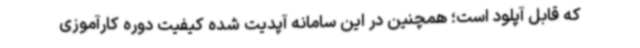
که قابل آپلود است؛ همچنین در این سامانه آپدیت شده کیفیت دوره کارآموزی